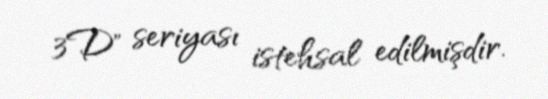
3D" seriyası istehsal edilmişdir.